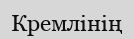
Кремлінің